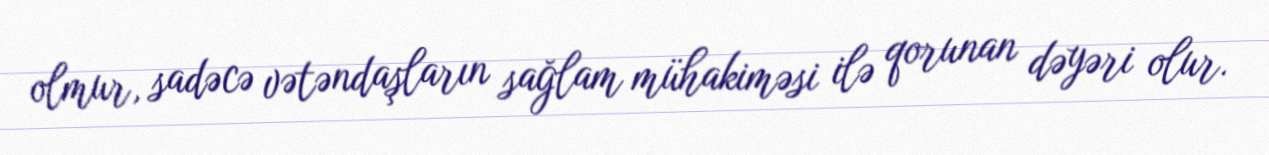
olmur, sadəcə vətəndaşların sağlam mühakiməsi ilə qorunan dəyəri olur.